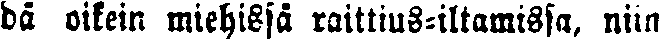
dä oikein miehissä raittius-iltamissa, niin